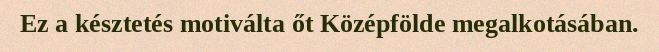
Ez a késztetés motiválta őt Középfölde megalkotásában.